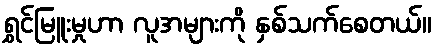
ရွှင်မြူးမှုဟာ လူအများကို နှစ်သက်စေတယ်။